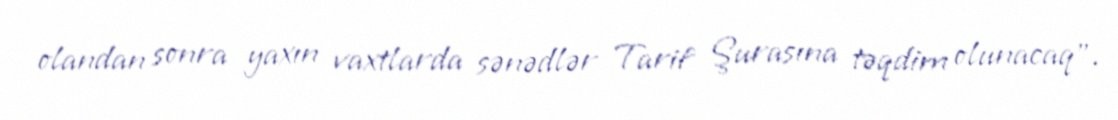
olandan sonra yaxın vaxtlarda sənədlər Tarif Şurasına təqdim olunacaq”.